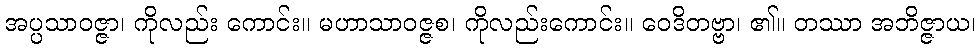
အပ္ပသာဝဇ္ဇာ၊ ကိုလည်း ကောင်း။ မဟာသာဝဇ္ဇစ၊ ကိုလည်းကောင်း။ ဝေဒိတဗ္ဗာ၊ ၏။ တဿာ အဘိဇ္ဇာယ၊